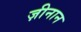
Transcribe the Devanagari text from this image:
ज़ीनान